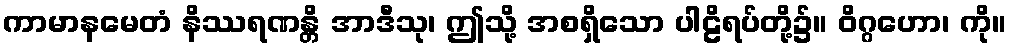
ကာမာနမေတံ နိဿရဏန္တိ အာဒီသု၊ ဤသို့ အစရှိသော ပါဠိရပ်တို့၌။ ဝိဂ္ဂဟော၊ ကို။